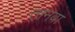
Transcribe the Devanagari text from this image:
तानवा